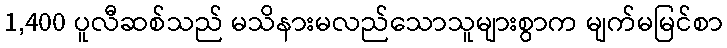
1,400 ပူလီဆစ်သည် မသိနားမလည်သောသူများစွာက မျက်မမြင်စာ